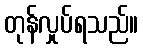
တုန်လှုပ်ရသည်။